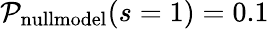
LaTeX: \mathcal{P}_{\mathrm{{nullmodel}}}(s=1)=0.1